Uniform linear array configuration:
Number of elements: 32
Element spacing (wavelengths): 1
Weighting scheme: cosine
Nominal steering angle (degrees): -45
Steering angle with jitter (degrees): -44.024
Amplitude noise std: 0.05
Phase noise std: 0.05

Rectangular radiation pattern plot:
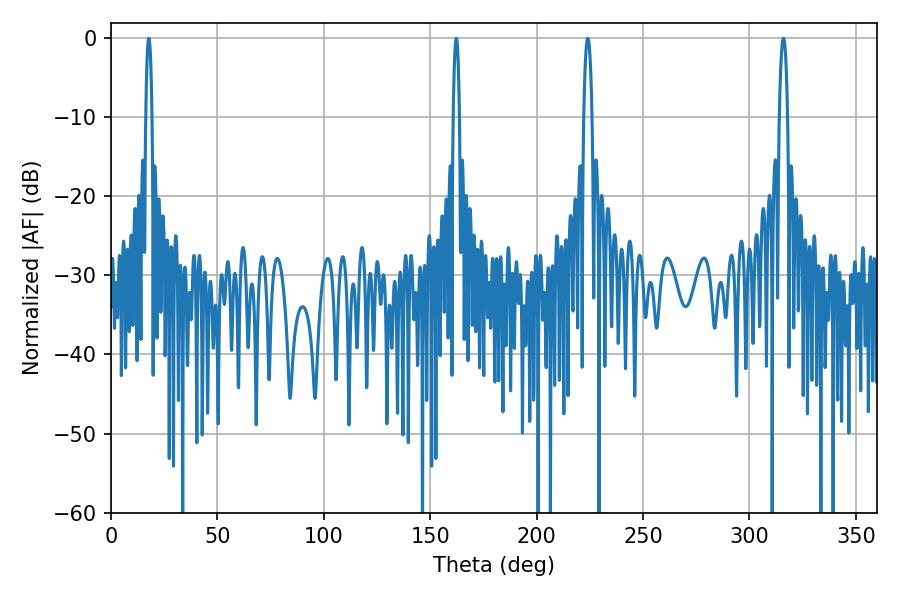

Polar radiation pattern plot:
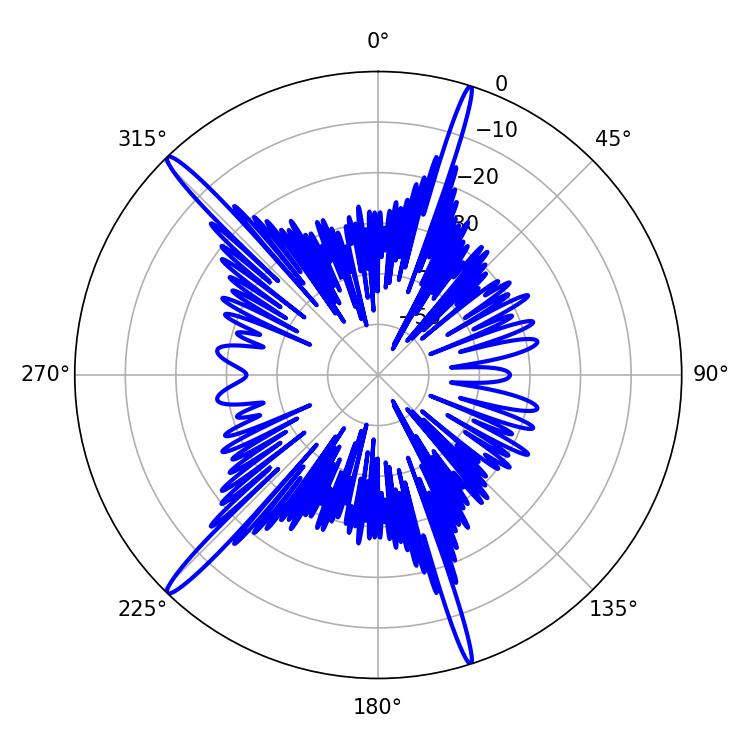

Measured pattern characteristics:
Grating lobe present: TRUE
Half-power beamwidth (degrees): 2.16
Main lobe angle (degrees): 224.1